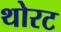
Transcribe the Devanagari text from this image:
थोरट